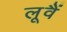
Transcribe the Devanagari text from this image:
लूवैं